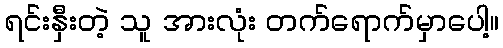
ရင်းနှီးတဲ့ သူ အားလုံး တက်ရောက်မှာပေါ့။